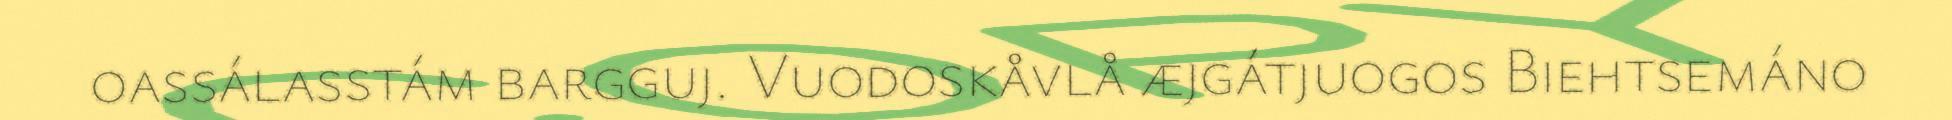
oassálasstám bargguj. Vuodoskåvlå æjgátjuogos Biehtsemáno